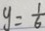
y = \frac { 1 } { 6 }